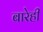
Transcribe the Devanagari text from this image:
बारेही